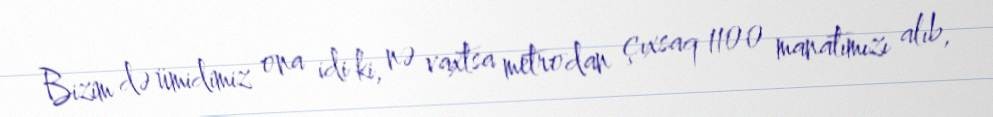
Bizim də ümidimiz ona idi ki, nə vaxtsa metrodan çıxsaq 1100 manatımızı alıb,